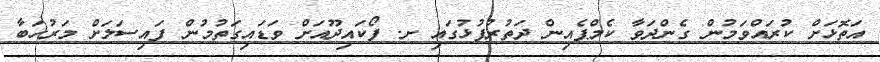
އަތޮޅަށް ކުރައްވަމުން ގެންދަވާ ކެމްޕެއިން ދަތުރުފުޅުގައި ށ. ފޯކައިދޫއަށް ވަޑައިގަތުމުން ފައިސަލަށް މަރުހަބާ